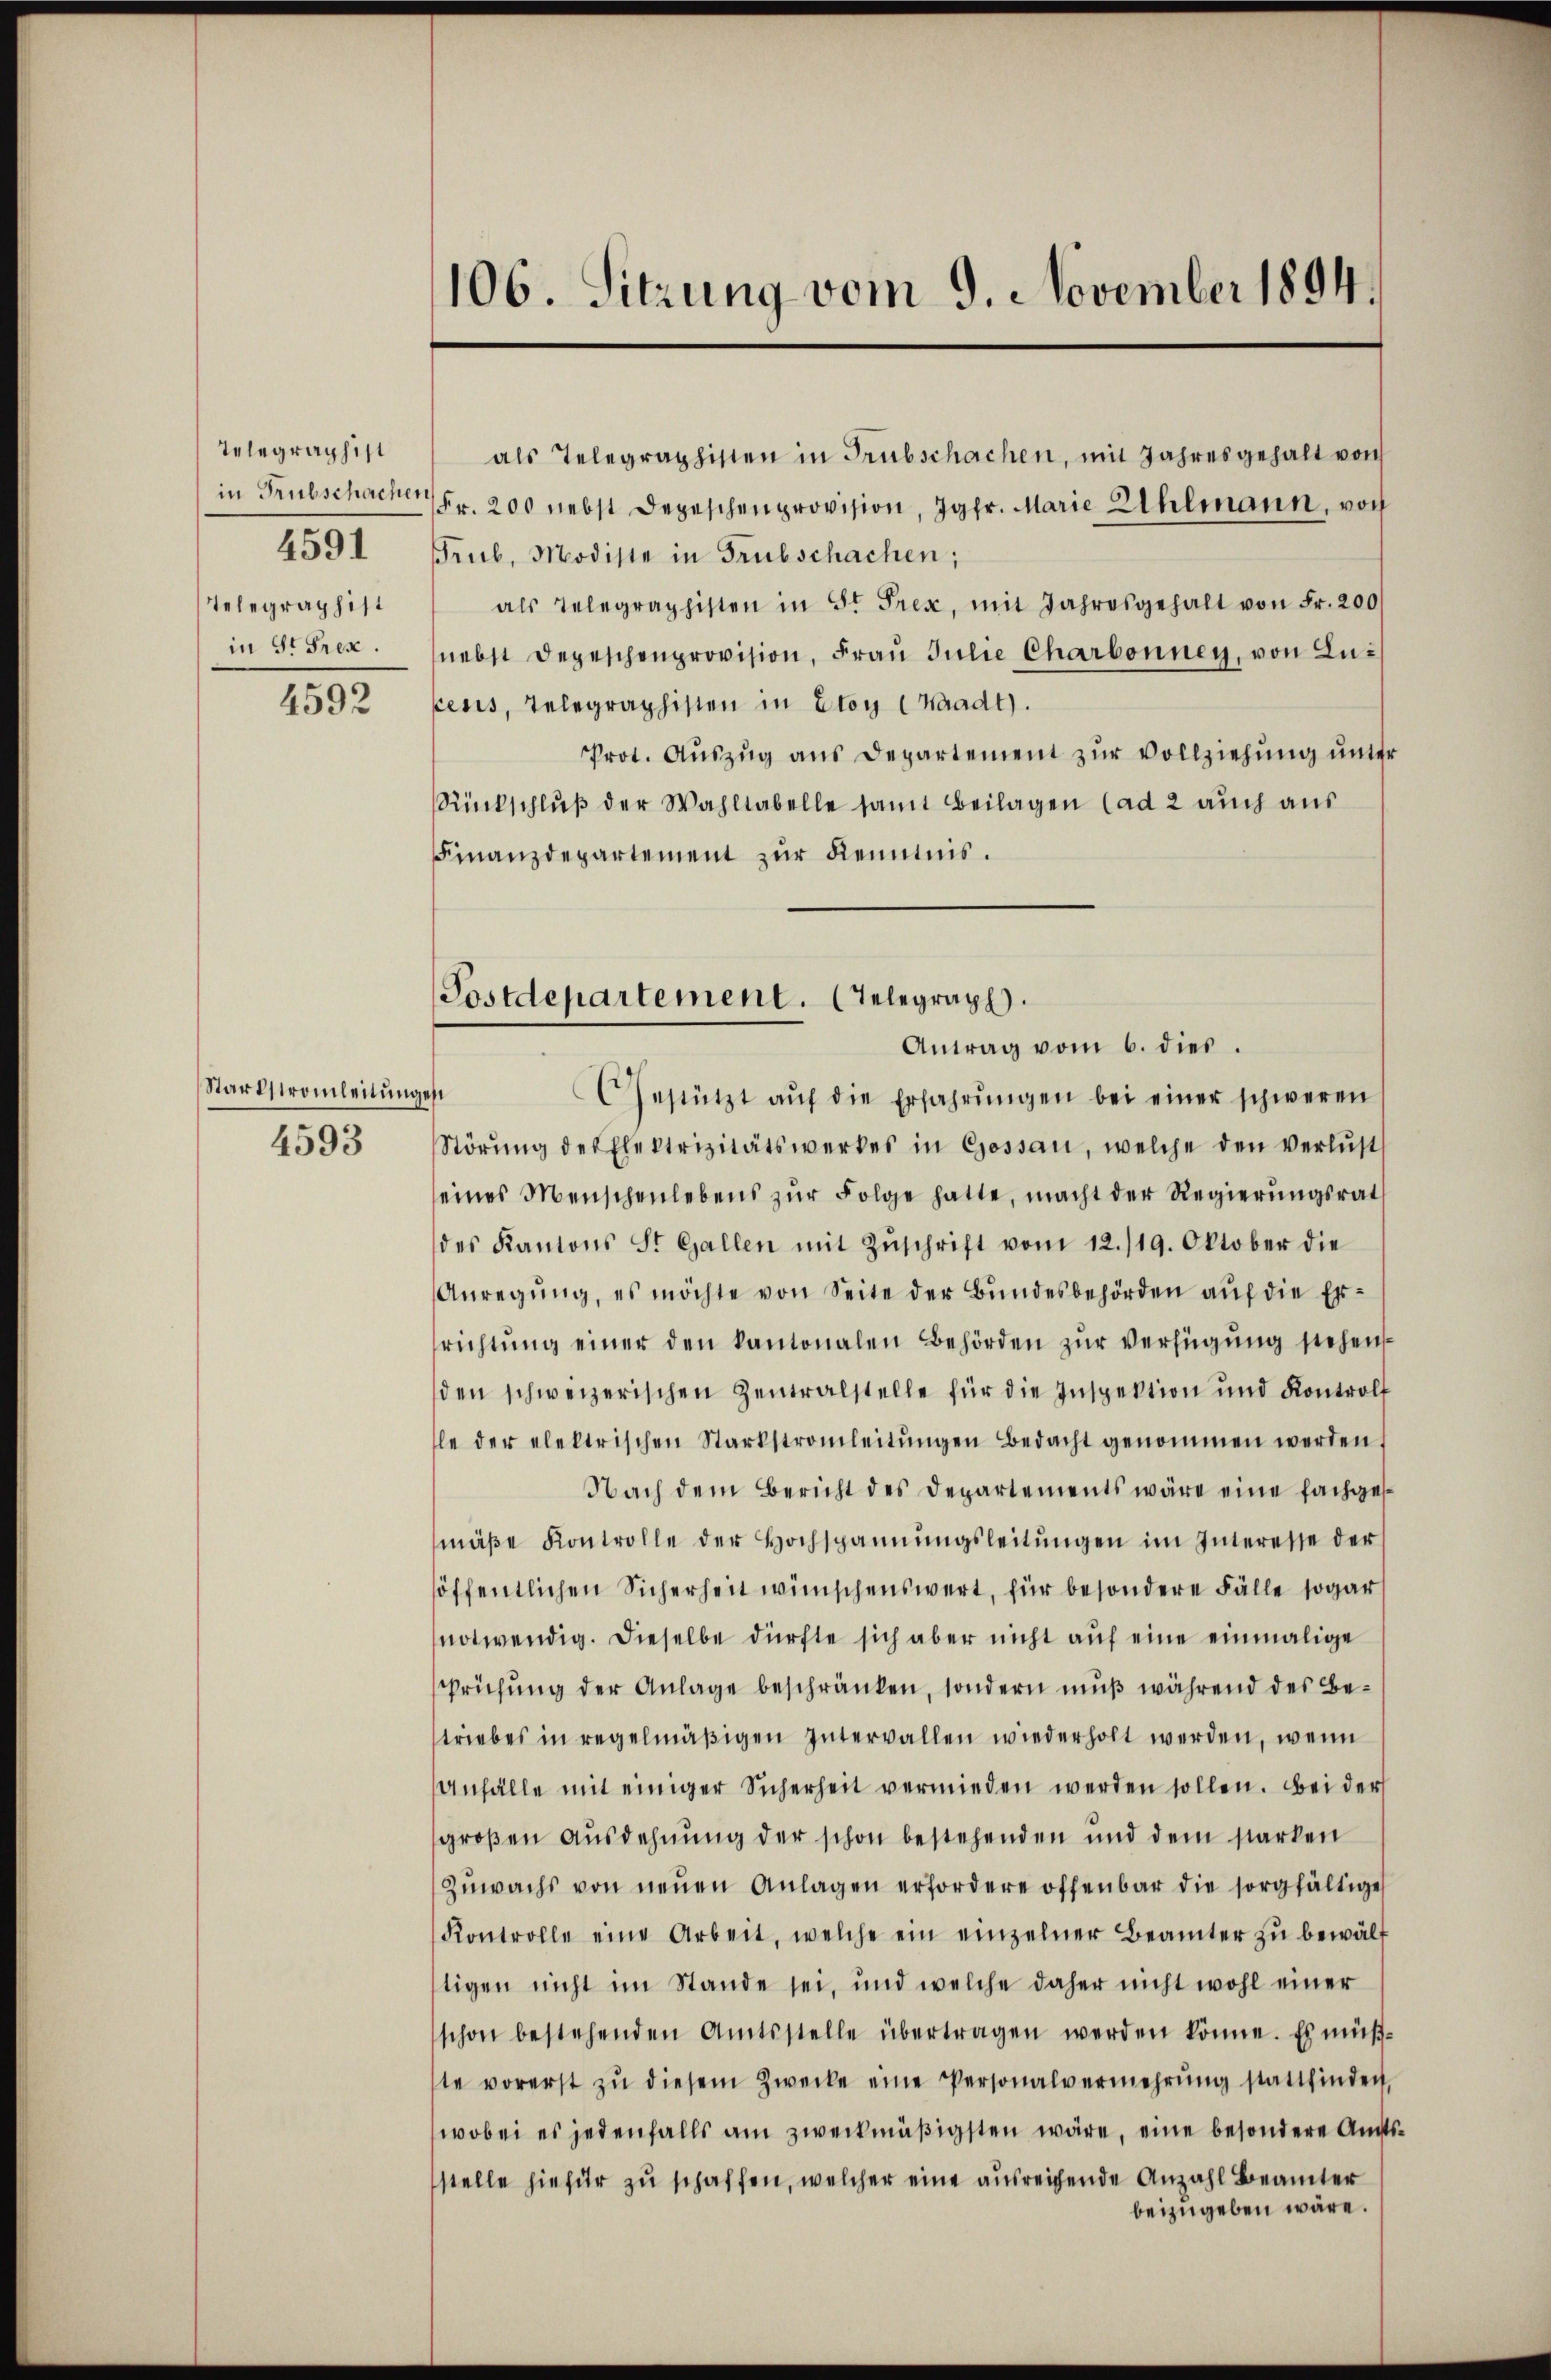
Telegraphist
in Trübschachen
4591
Telegraphist
in St. Frex.

4592

Startstromleitung
4593

106. Sitzung vom 9. November 1894.

Fr. 200 nebst Depeschenprovision, Jgfr. Marie Uhlmann, von
rub, Modiste in Trübschachen;
als Telegraphisten in St. Prex, mit Jahresgehalt von Fr. 200
nebst Depeschenprovision, Frau Julie Charbonney, von Lulesis, Telegraphisten in Etoy (Waadt).
Prot. Aŭszŭg ans Departement zŭr Vollziehung unter
Rückschlŭβ der Wahltabelle samt Beilagen (ad 2 auch aus
Finanzdepartement zur Kenntnis.
est
Gestützt aŭf die Erfahrŭngen bei einer schweren
Störŭng des Elektrizitätswerkes in Gossau, welche den Verlusts
seines Menschenlebens zŭr Folge hatte, macht der Regierŭngsrat
des Kantons St. Gallen mit Zŭschrift vom 12./19. Oktober die
Anregŭng, es möchte von Seite der Bŭndesbehörden aŭf die Er-
richtŭng einer den kantonalen Behörden zŭr verfügŭng stehen
den schweizerischen Zentralstelle für die Inspektion ŭnd Kontrolf
le der elektrischen Starkstromleitŭngen Bedacht genommen werden
Nach dem Bericht des Departements wäre eine fachgesmäβe Kontrolle der Hochspannŭngsleitŭngen im Interesse der
höffentlichen Sicherheit wünschenswert, für besondere Fälle sogar
notwendig. Dieselbe dürfte sich aber nicht aŭf eine einmalige
prüfŭng der Anlage beschränken, sondern mŭβ während des Be-
triebes in regelmäβigen Intervallen wiederholt werden, wenn
Anfälle mit einiger Sicherheit vermieden werden sollen. Bei der
groβen Ausdehnung der schon bestehenden und dem starken
Zuwachs von neuen Anlagen erfordere offenbar die sorgfältige
Kontrolle eine Arbeit, welche ein einzelner Beamter zŭ bewält
stigen nicht im Stande sei, und welche daher nicht wohl einer
schon bestehenden Amtsstelle übertragen werden könne. Es müß-
ste vorerst zŭ diesem Zwecke eine Personalvermehrŭng stattfinden,
wobei es jedenfalls am zweckmäßigsten wäre, eine besondere Amts
stelle hiefür zu schaffen, welcher eine ausreichende Anzahl Beamter
beizugeben wäre.

als Telegraphisten in Trübschachen, mit Jahresgehalt von

Postdepartement. (Telegraph.
Antrag vom 6. dies